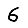
Digit: 6